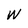
Character: W